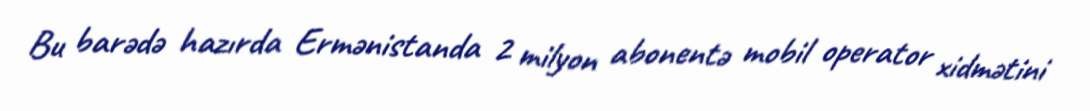
Bu barədə hazırda Ermənistanda 2 milyon abonentə mobil operator xidmətini